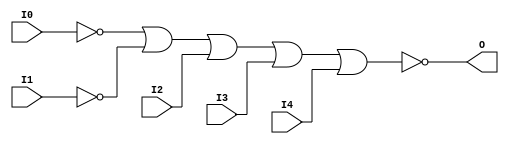
// $Header: /devl/xcs/repo/env/Databases/CAEInterfaces/verunilibs/s/NOR5B2.v,v 1.8 2003/01/21 01:55:30 wloo Exp $

/*

FUNCTION	: 5-INPUT NOR GATE

*/

`timescale  100 ps / 10 ps


module NOR5B2 (O, I0, I1, I2, I3, I4);

    output O;

    input  I0, I1, I2, I3, I4;

    not N1 (i1_inv, I1);
    not N0 (i0_inv, I0);
    nor O1 (O, i0_inv, i1_inv, I2, I3, I4);

    specify
	(I0 *> O) = (0, 0);
	(I1 *> O) = (0, 0);
	(I2 *> O) = (0, 0);
	(I3 *> O) = (0, 0);
	(I4 *> O) = (0, 0);
    endspecify

endmodule